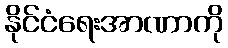
နိုင်ငံရေးအာဏာကို